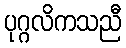
ပုဂ္ဂလိကသညီ